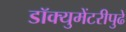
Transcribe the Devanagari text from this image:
डॉक्युमेंटरीपुढे